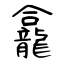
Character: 龕